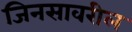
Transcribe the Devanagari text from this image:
जिनसावरील